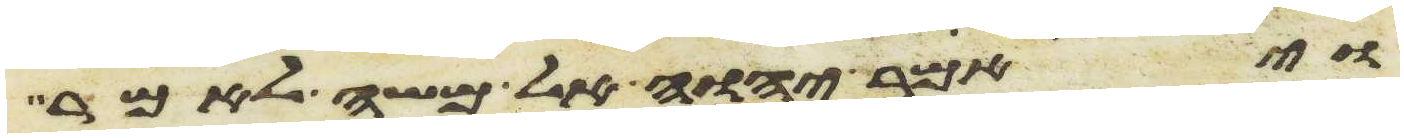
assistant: ויאמר יהוה אל משה לאמר